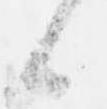
候